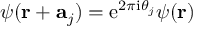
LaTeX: \psi ( \mathbf { r } + \mathbf { a } _ { j } ) = \mathrm { e } ^ { 2 \pi \mathrm { i } \theta _ { j } } \psi ( \mathbf { r } )